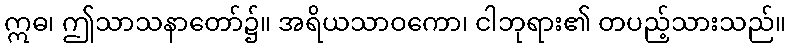
ဣဓ၊ ဤသာသနာတော်၌။ အရိယသာဝကော၊ ငါဘုရား၏ တပည့်သားသည်။